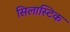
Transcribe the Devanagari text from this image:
सिलास्टिक